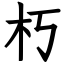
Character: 朽